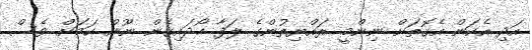
އަދި އެކަން އެގޮތަށް ނިންމީ ރައްޔިތުންގެ ލަފާ ހޯދައިގެން ނޫން ކަމަށް ވެސް